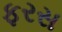
ફરસ